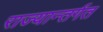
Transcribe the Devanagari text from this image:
राज्यान्तर्गत